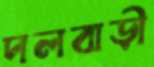
দলবাড়ী